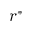
r ^ { * }